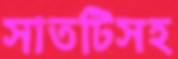
সাতটিসহ